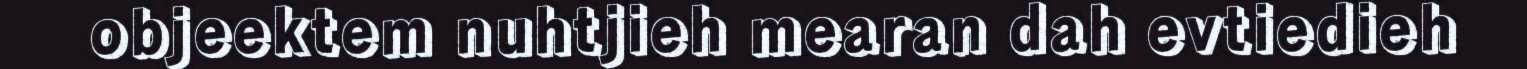
objeektem nuhtjieh mearan dah evtiedieh